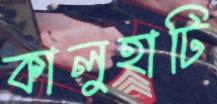
কালুহাটি